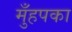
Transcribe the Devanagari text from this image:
मुँहपका